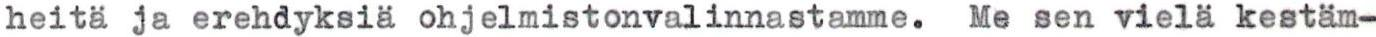
heitä ja erehdyksiä ohjelmistonvalinnastamme. Me sen vielä kestäm-